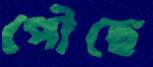
পৌছে